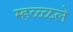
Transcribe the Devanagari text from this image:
म्हळ्ळले